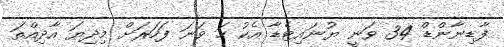
ފާޑިނާންޑް 34 ވަނީ ޔުނައިޓެޑާ އެކު ހަ ވަނަ ފަހަރަށް މިދިޔަ އާދިއްތަ